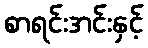
စာရင်းအင်းနှင့်